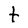
Character: t